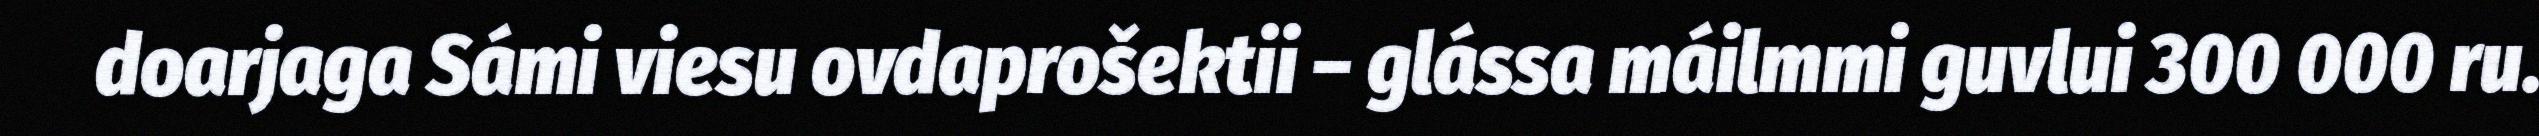
doarjaga Sámi viesu ovdaprošektii – glássa máilmmi guvlui 300 000 ru.